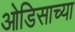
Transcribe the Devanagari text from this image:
ओडिसाच्या